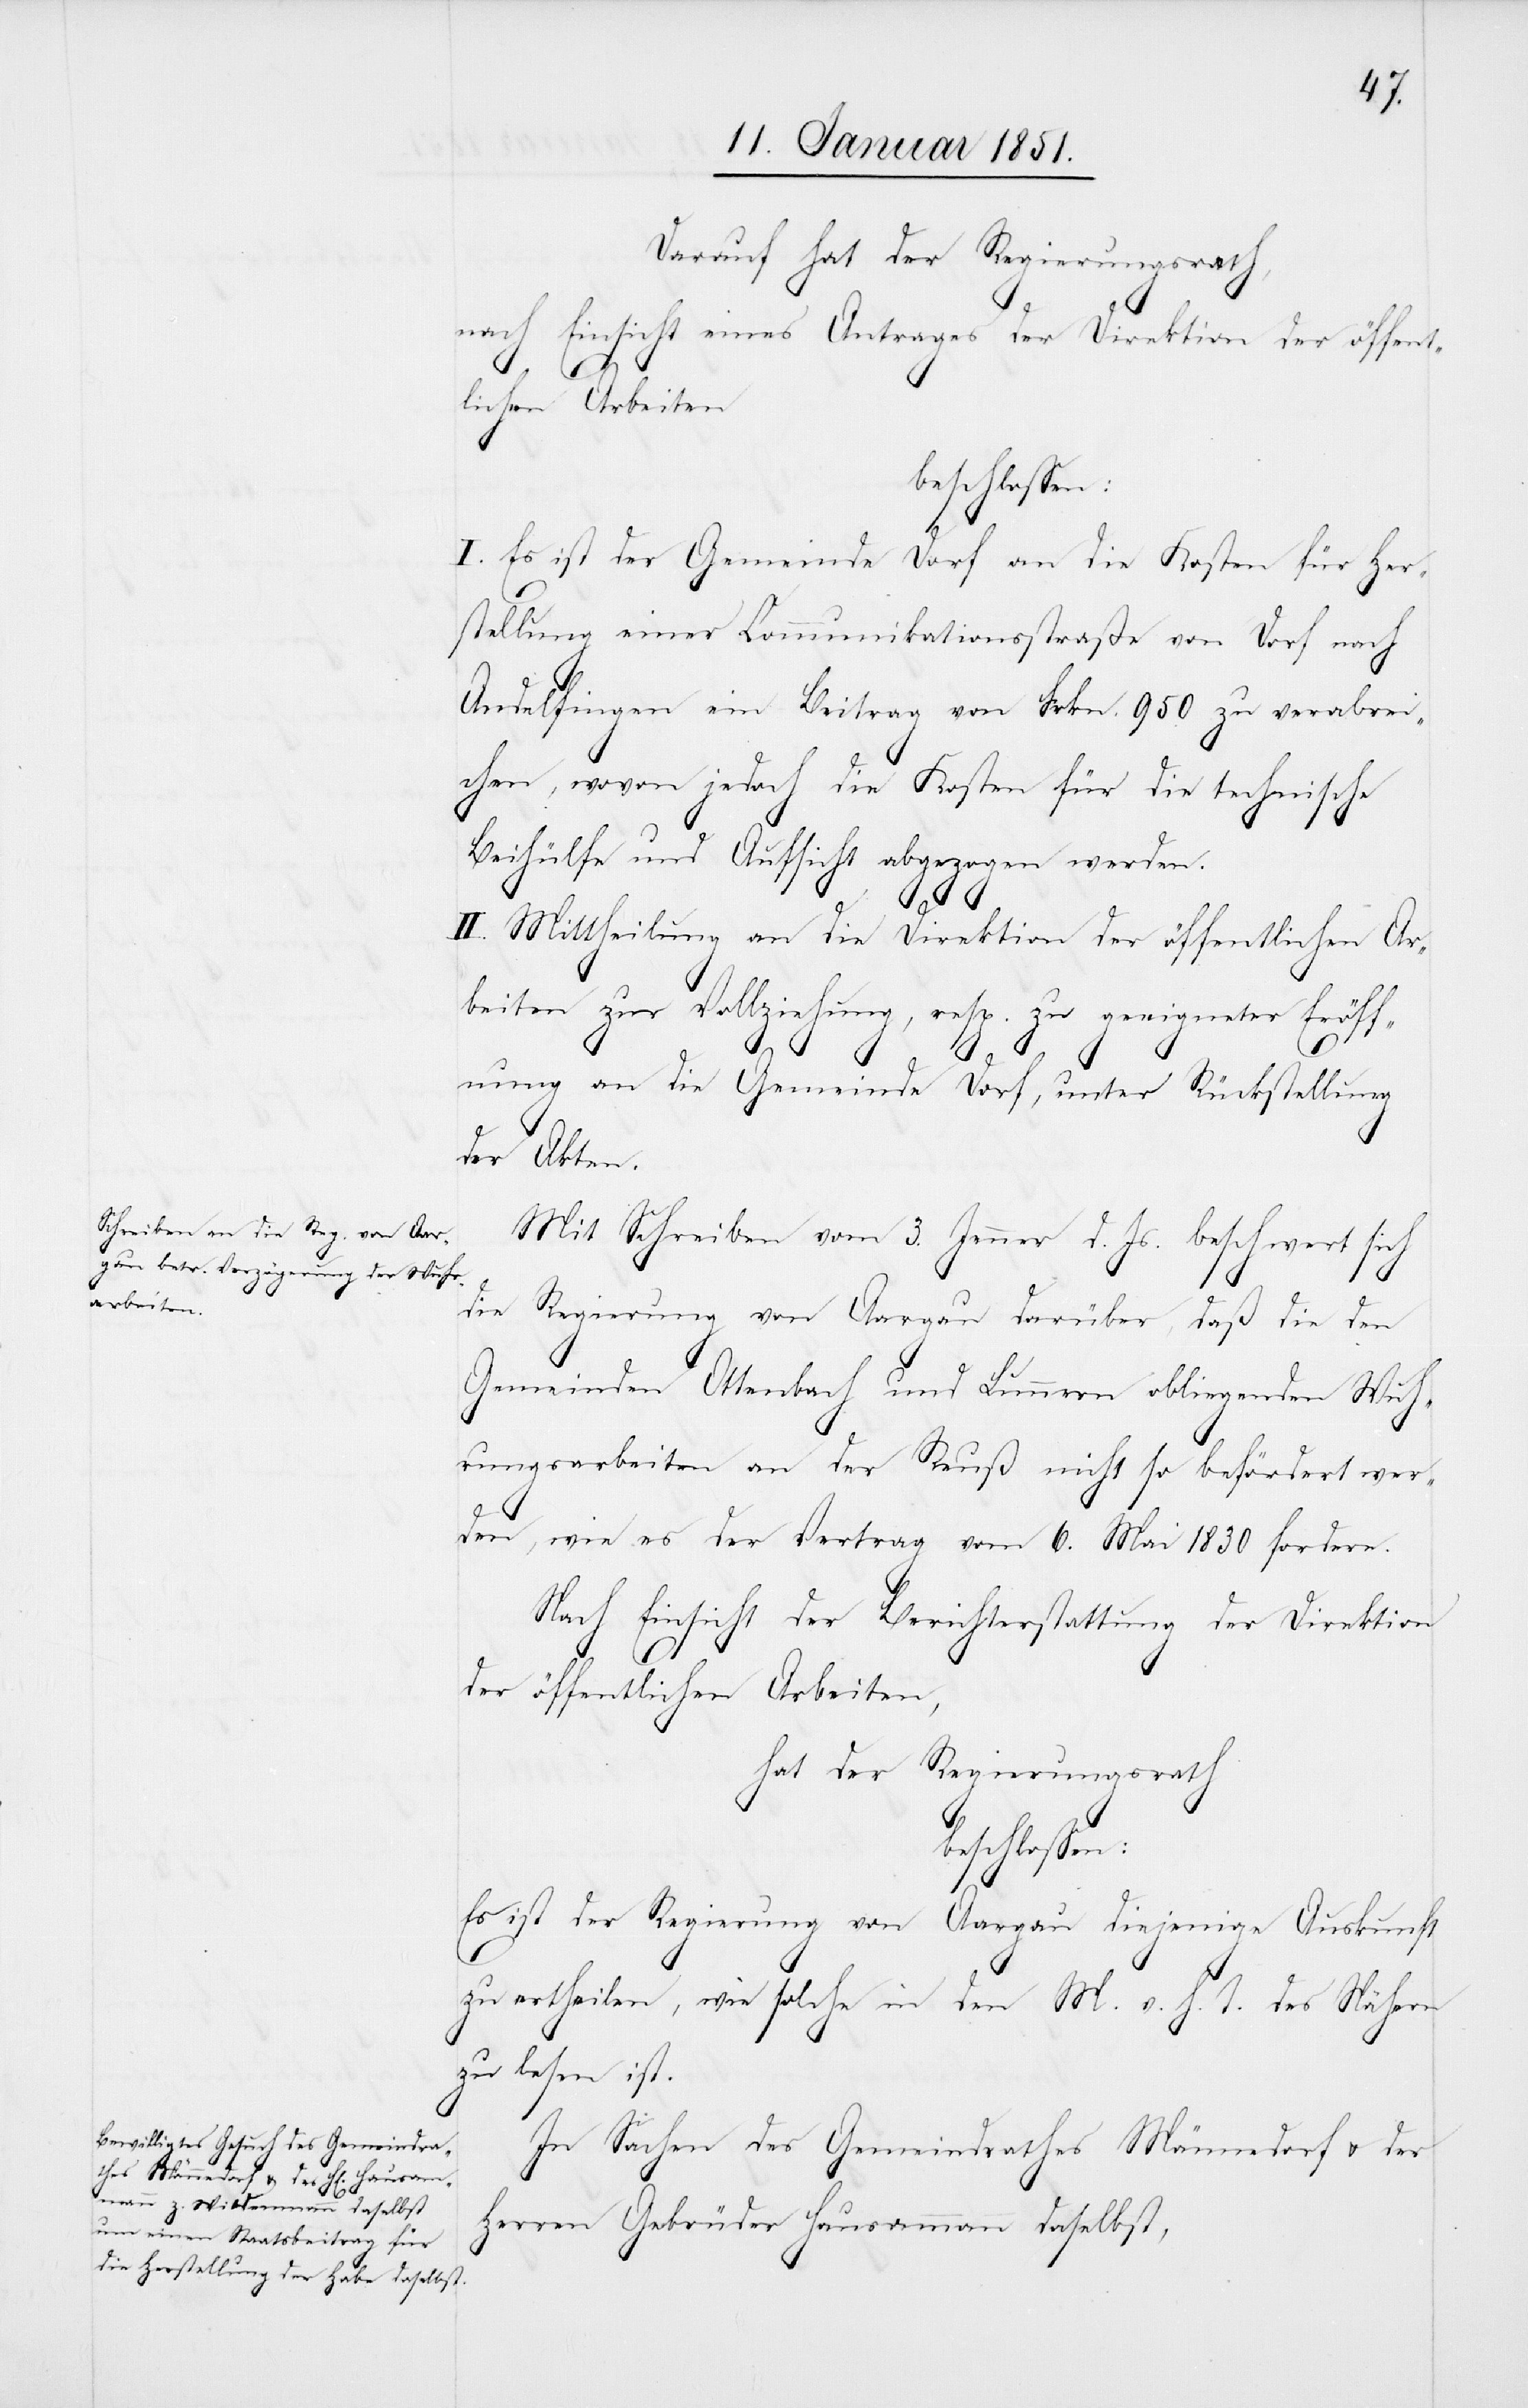
Darauf hat der Regierungsrath,
nach Einsicht eines Antrages der Direktion der öffent¬
lichen Arbeiten
beschlossen:
I. Es ist der Gemeinde Dorf an die Kosten für Her¬
stellung einer Communikationsstraße von Dorf nach
Andelfingen ein Beitrag von Frkn. 950 zu verabrei¬
chen, wovon jedoch die Kosten für die technische
Beihülfe und Aufsicht abgezogen werden.
II. Mittheilung an die Direktion der öffentlichen Ar¬
beiten zur Vollziehung, resp. zu geeigneter Eröff¬
nung an die Gemeinde Dorf, unter Rückstellung
der Akten.
Mit Schreiben vom 3. Jenner d. Js. beschwert sich
die Regierung von Aargau darüber, daß die den
Gemeinden Ottenbach und Lunnern obliegenden Wuh¬
rungsarbeiten an der Reuß nicht so befördert wer¬
den, wie es der Vertrag vom 6. Mai 1830 fordere.
Nach Einsicht der Berichterstattung der Direktion
der öffentlichen Arbeiten,
hat der Regierungsrath
Es ist der Regierung von Aargau diejenige Auskunft
zu ertheilen, wie solche in den M. v. h. T. des Nähern
zu lesen ist.
In Sachen des Gemeindrathes Männedorf u. der
Herren Gebrüder Hausammann daselbst,